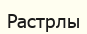
Растрлы